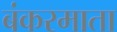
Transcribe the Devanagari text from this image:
बंकरमाता